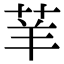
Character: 𦭵